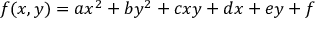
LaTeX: f ( x , y ) = a x ^ { 2 } + b y ^ { 2 } + c x y + d x + e y + f \,